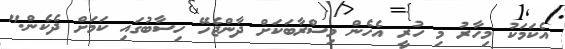
އެކަމަކު މިހާރު މި ހުރީ އެހެން މިސްރާބަކަށް ދާންޖެހޭ ހިސާބުގައި ކަމަށް ދެކެން."